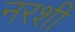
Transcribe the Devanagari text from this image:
नरशी